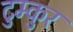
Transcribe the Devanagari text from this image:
टुम्कुर